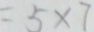
= 5 \times 7